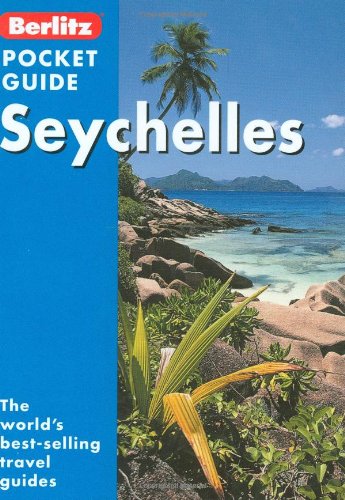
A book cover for Berlitz: Seychelles Pocket Guide (Berlitz Pocket Guides); Travel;